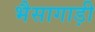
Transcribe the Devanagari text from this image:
भैसागाड़ी